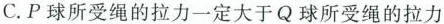
C.P球所受绳的拉力一定大于Q球所受绳的拉力